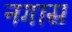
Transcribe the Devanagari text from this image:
नगास